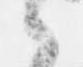
候